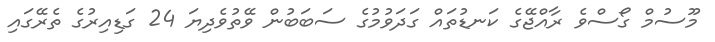
މޫސުމް ގޯސްވެ ރާއްޖޭގެ ކަނޑުތައް ގަދަވުމުގެ ސަބަބުން ވޭތުވެދިޔަ 24 ގަޑިއިރުގެ ތެރޭގައި